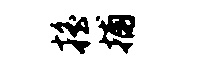
摇捕